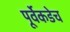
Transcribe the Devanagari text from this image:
पूर्वेकडेच